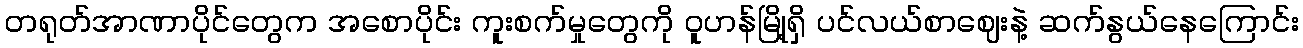
တရုတ်အာဏာပိုင်တွေက အစောပိုင်း ကူးစက်မှုတွေကို ဝူဟန်မြို့ရှိ ပင်လယ်စာဈေးနဲ့ ဆက်နွယ်နေကြောင်း